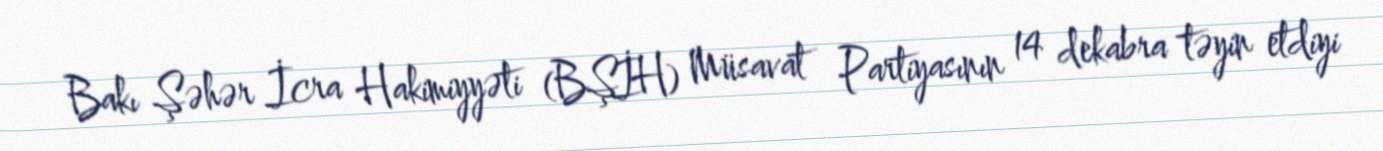
Bakı Şəhər İcra Hakimiyyəti (BŞİH) Müsavat Partiyasının 14 dekabra təyin etdiyi